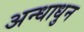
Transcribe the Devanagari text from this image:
अन्धाधुन